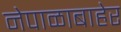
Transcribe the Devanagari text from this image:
नेपाळाबाहेर